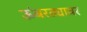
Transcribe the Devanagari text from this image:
ऊंबरठ्यावर